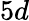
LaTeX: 5d